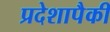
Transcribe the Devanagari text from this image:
प्रदेशापैकी